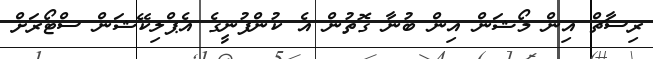
ރިސާޗް އިން މޯޝަން އިން ބުނާ ގޮތުން އެ ކުންފުނީގެ އެޕްލިކޭޝަން ސްޓޯރަށް